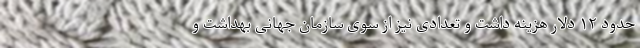
حدود ۱۲ دلار هزینه داشت و تعدادی نیز از سوی سازمان جهانی بهداشت و